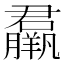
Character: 𦢱